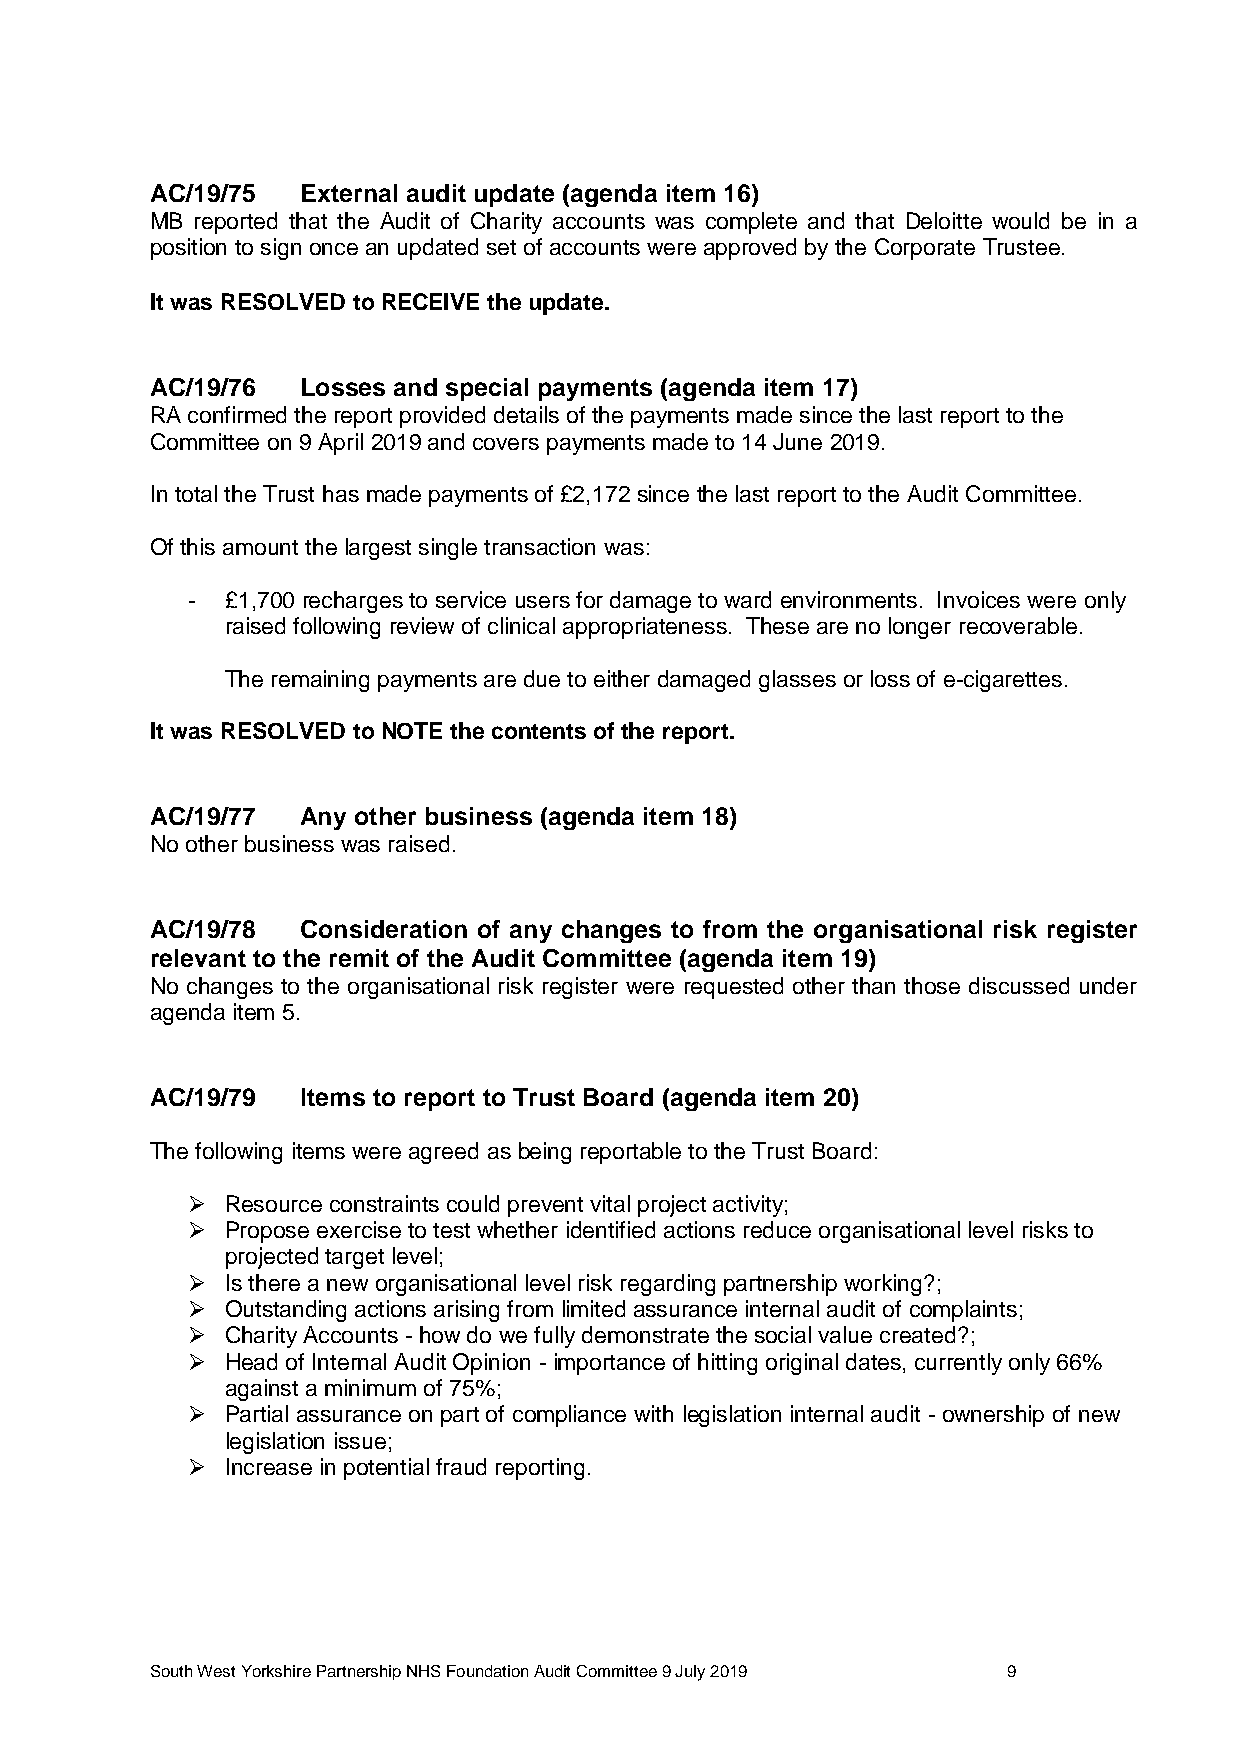
AC/19/75  External audit update (agenda item 16)
 MB reported that the Audit of Charity accounts was complete and that Deloitte would be in a
 position to sign once an updated set of accounts were approved by the Corporate Trustee.
 It was RESOLVED to RECEIVE the update.
 AC/19/76  Losses and special payments (agenda item 17)
 RA confirmed the report provided details of the payments made since the last report to the
 Committee on 9 April 2019 and covers payments made to 14 June 2019.
 In total the Trust has made payments of £2,172 since the last report to the Audit Committee.
 Of this amount the largest single transaction was:
 -  £1,700 recharges to service users for damage to ward environments. Invoices were only
 raised following review of clinical appropriateness. These are no longer recoverable.
 The remaining payments are due to either damaged glasses or loss of e-cigarettes.
 It was RESOLVED to NOTE the contents of the report.
 AC/19/77  Any other business (agenda item 18)
 No other business was raised.
 AC/19/78  Consideration of any changes to from the organisational risk register
 relevant to the remit of the Audit Committee (agenda item 19)
 No changes to the organisational risk register were requested other than those discussed under
 agenda item 5.
 AC/19/79  Items to report to Trust Board (agenda item 20)
 The following items were agreed as being reportable to the Trust Board:
   Resource constraints could prevent vital project activity;
   Propose exercise to test whether identified actions reduce organisational level risks to
 projected target level;
   Is there a new organisational level risk regarding partnership working?;
   Outstanding actions arising from limited assurance internal audit of complaints;
   Charity Accounts - how do we fully demonstrate the social value created?;
   Head of Internal Audit Opinion - importance of hitting original dates, currently only 66%
 against a minimum of 75%;
   Partial assurance on part of compliance with legislation internal audit - ownership of new
 legislation issue;
   Increase in potential fraud reporting.
 South West Yorkshire Partnership NHS Foundation Audit Committee 9 July 2019 9